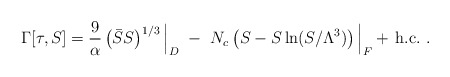
\begin{align*}\Gamma[\tau,S] = {9 \over \alpha} \left( \bar S S \right)^{1/3}\Big|_D ~-~ N_c \left( S - S\ln (S/ \Lambda^3) \right)\Big|_F+ \, \mbox{h.c.}~.\end{align*}